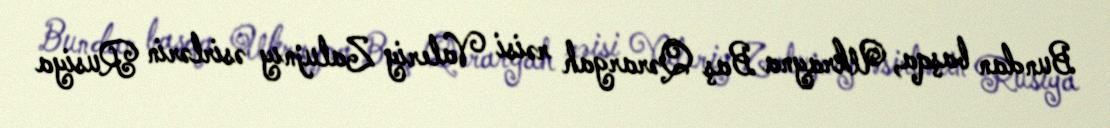
Bundan başqa, Ukrayna Baş Qərargah rəisi Valeriy Zalujnıy əsirlərin Rusiya